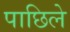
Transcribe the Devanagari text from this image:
पाछिले